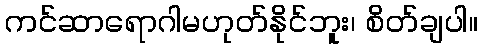
ကင်ဆာရောဂါမဟုတ်နိုင်ဘူး၊ စိတ်ချပါ။